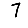
Digit: 7